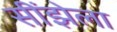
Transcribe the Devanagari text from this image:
सींझेला